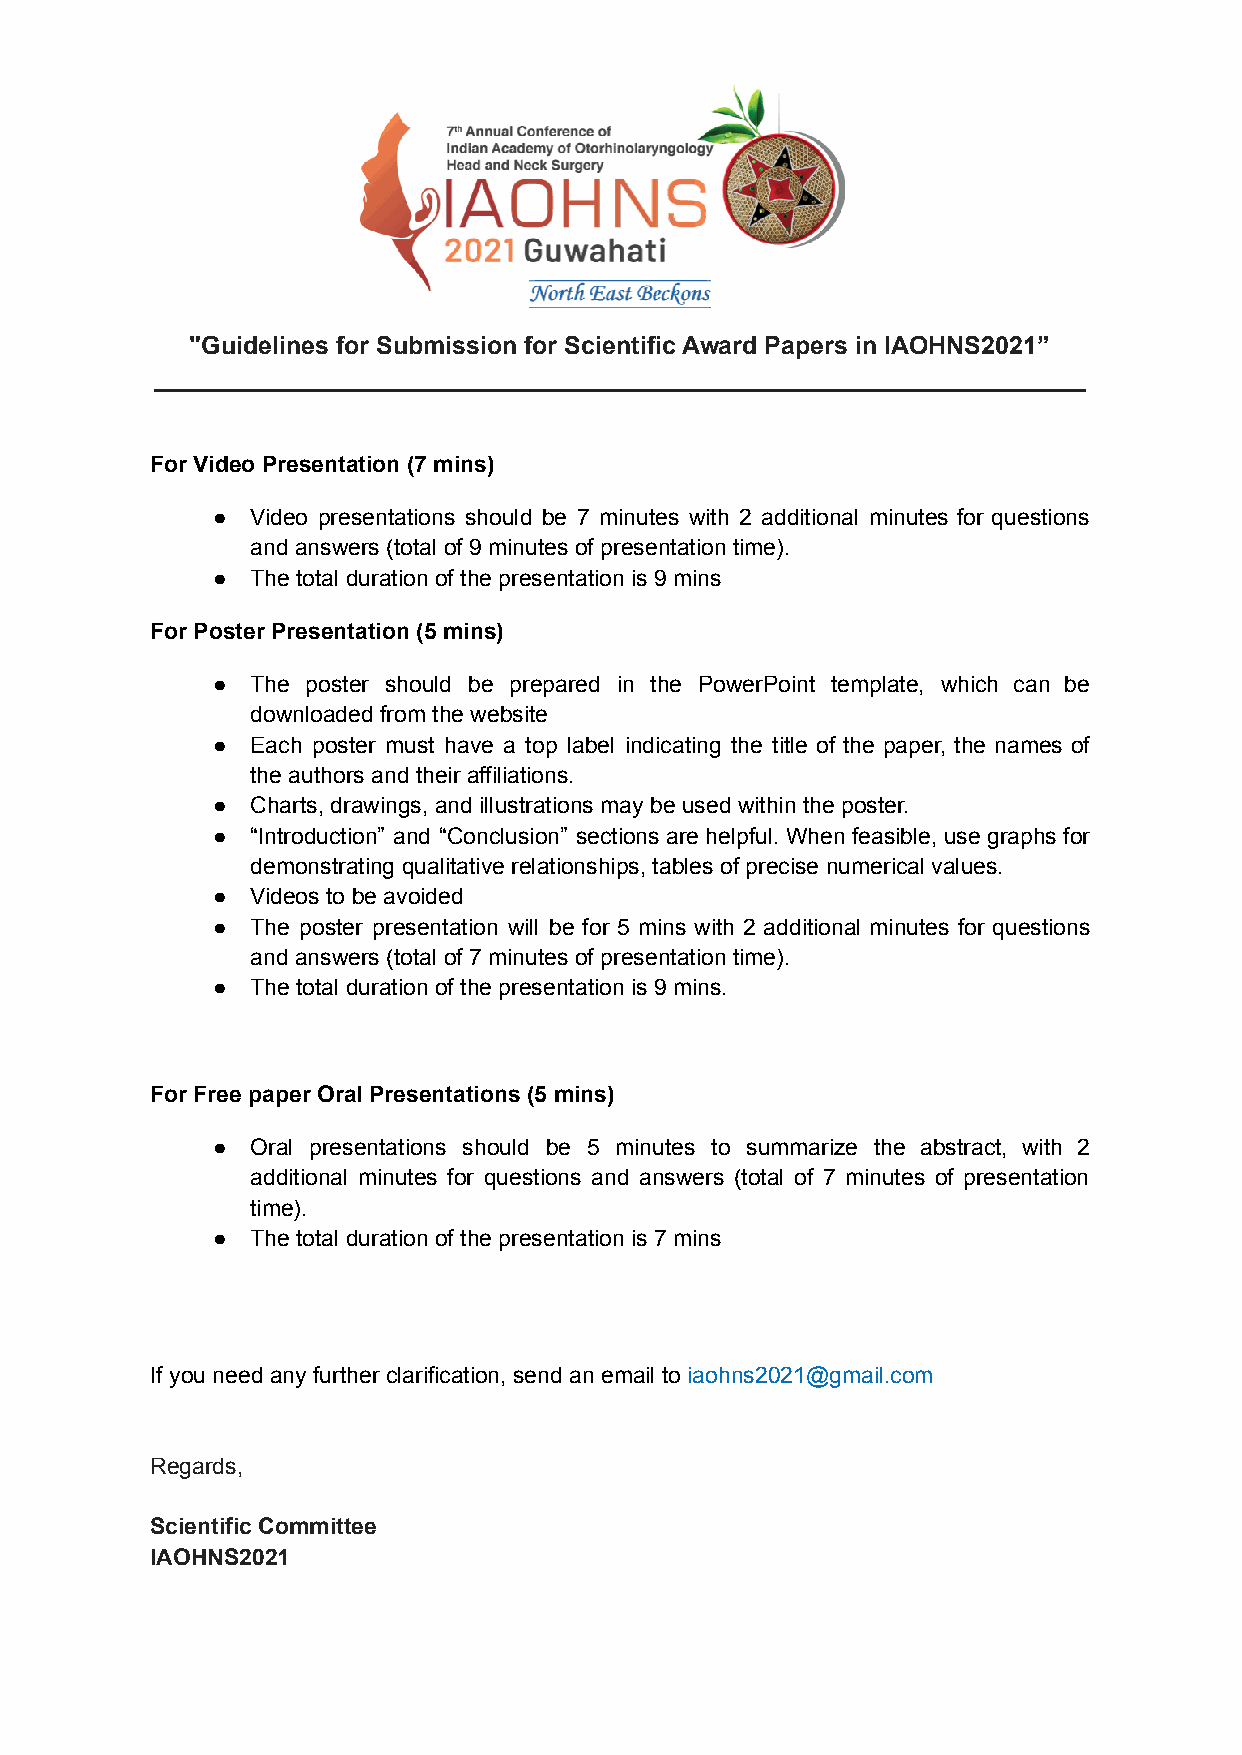
"Guidelines for Submission for Scientific Award Papers in IAOHNS2021”
 ___________________________________________________________________
 For Video Presentation (7 mins)
 ●  Video presentations should be 7 minutes with 2 additional minutes for questions
 and answers (total of 9 minutes of presentation time).
 ●  The total duration of the presentation is 9 mins
 For Poster Presentation (5 mins)
 ●  The poster should be prepared in the PowerPoint template, which can be
 downloaded from the website
 ●  Each poster must have a top label indicating the title of the paper, the names of
 the authors and their affiliations.
 ●  Charts, drawings, and illustrations may be used within the poster.
 ●  “Introduction” and “Conclusion” sections are helpful. When feasible, use graphs for
 demonstrating qualitative relationships, tables of precise numerical values.
 ●  Videos to be avoided
 ●  The poster presentation will be for 5 mins with 2 additional minutes for questions
 and answers (total of 7 minutes of presentation time).
 ●  The total duration of the presentation is 9 mins.
 For Free paper Oral Presentations (5 mins)
 ●  Oral presentations should be 5 minutes to summarize the abstract, with 2
 additional minutes for questions and answers (total of 7 minutes of presentation
 time).
 ●  The total duration of the presentation is 7 mins
 If you need any further clarification, send an email to iaohns2021@gmail.com
 Regards,
 Scientific Committee
 IAOHNS2021